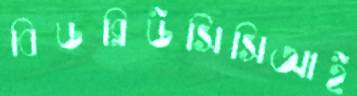
বিডব্লিউসিসিআই